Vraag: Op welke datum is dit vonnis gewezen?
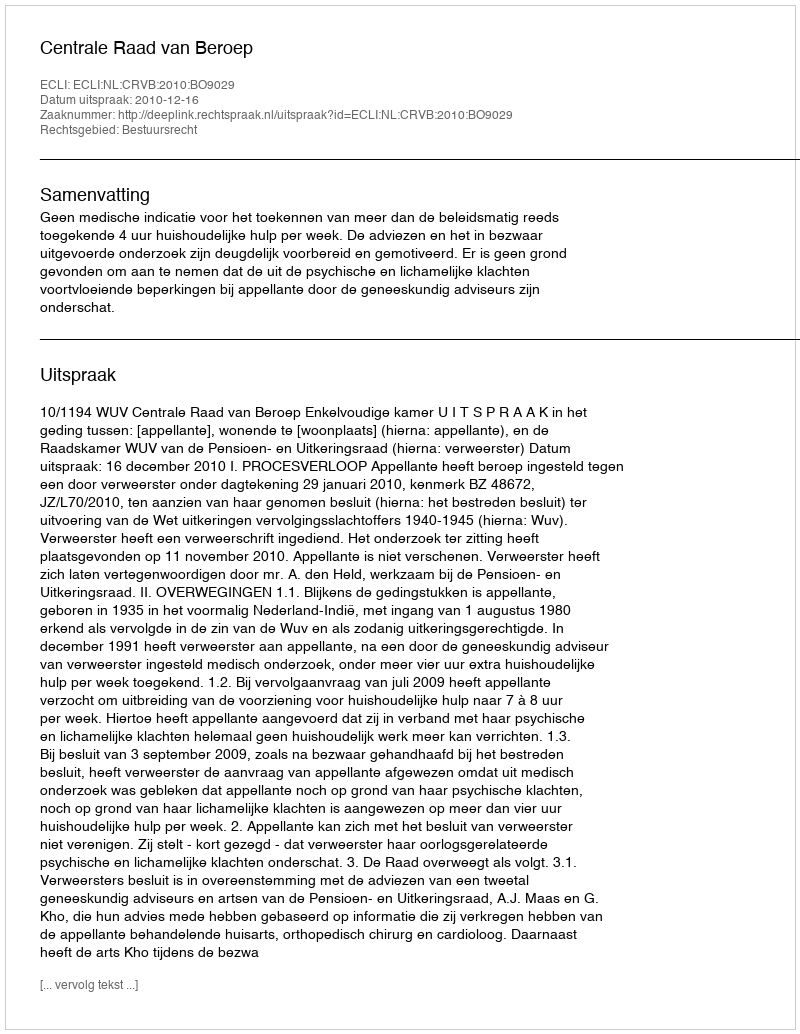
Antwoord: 2010-12-16